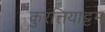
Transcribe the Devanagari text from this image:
कुरत्तियाट्टम